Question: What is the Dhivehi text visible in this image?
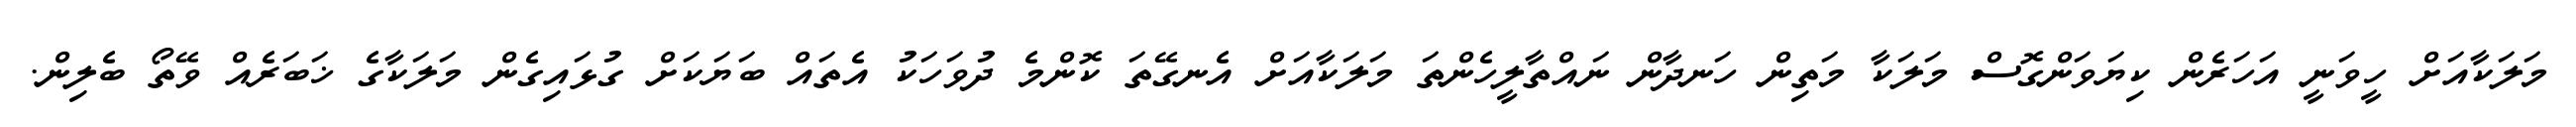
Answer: މަލަކާއަށް ހީވަނީ އަހަރެން ކިޔަވަންގޮސް މަލަކާ މަތިން ހަނދާން ނައްތާލީހެންތަ މަލަކާއަށް އެނގޭތަ ކޮންމެ ދުވަހަކު އެތައް ބަޔަކަށް ގުޅައިގެން މަލަކާގެ ޚަބަރެއް ވޭތޯ ބެލިން.